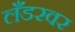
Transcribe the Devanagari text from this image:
लँडरवर